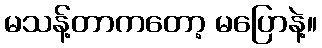
မသန့်တာကတော့ မပြောနဲ့။